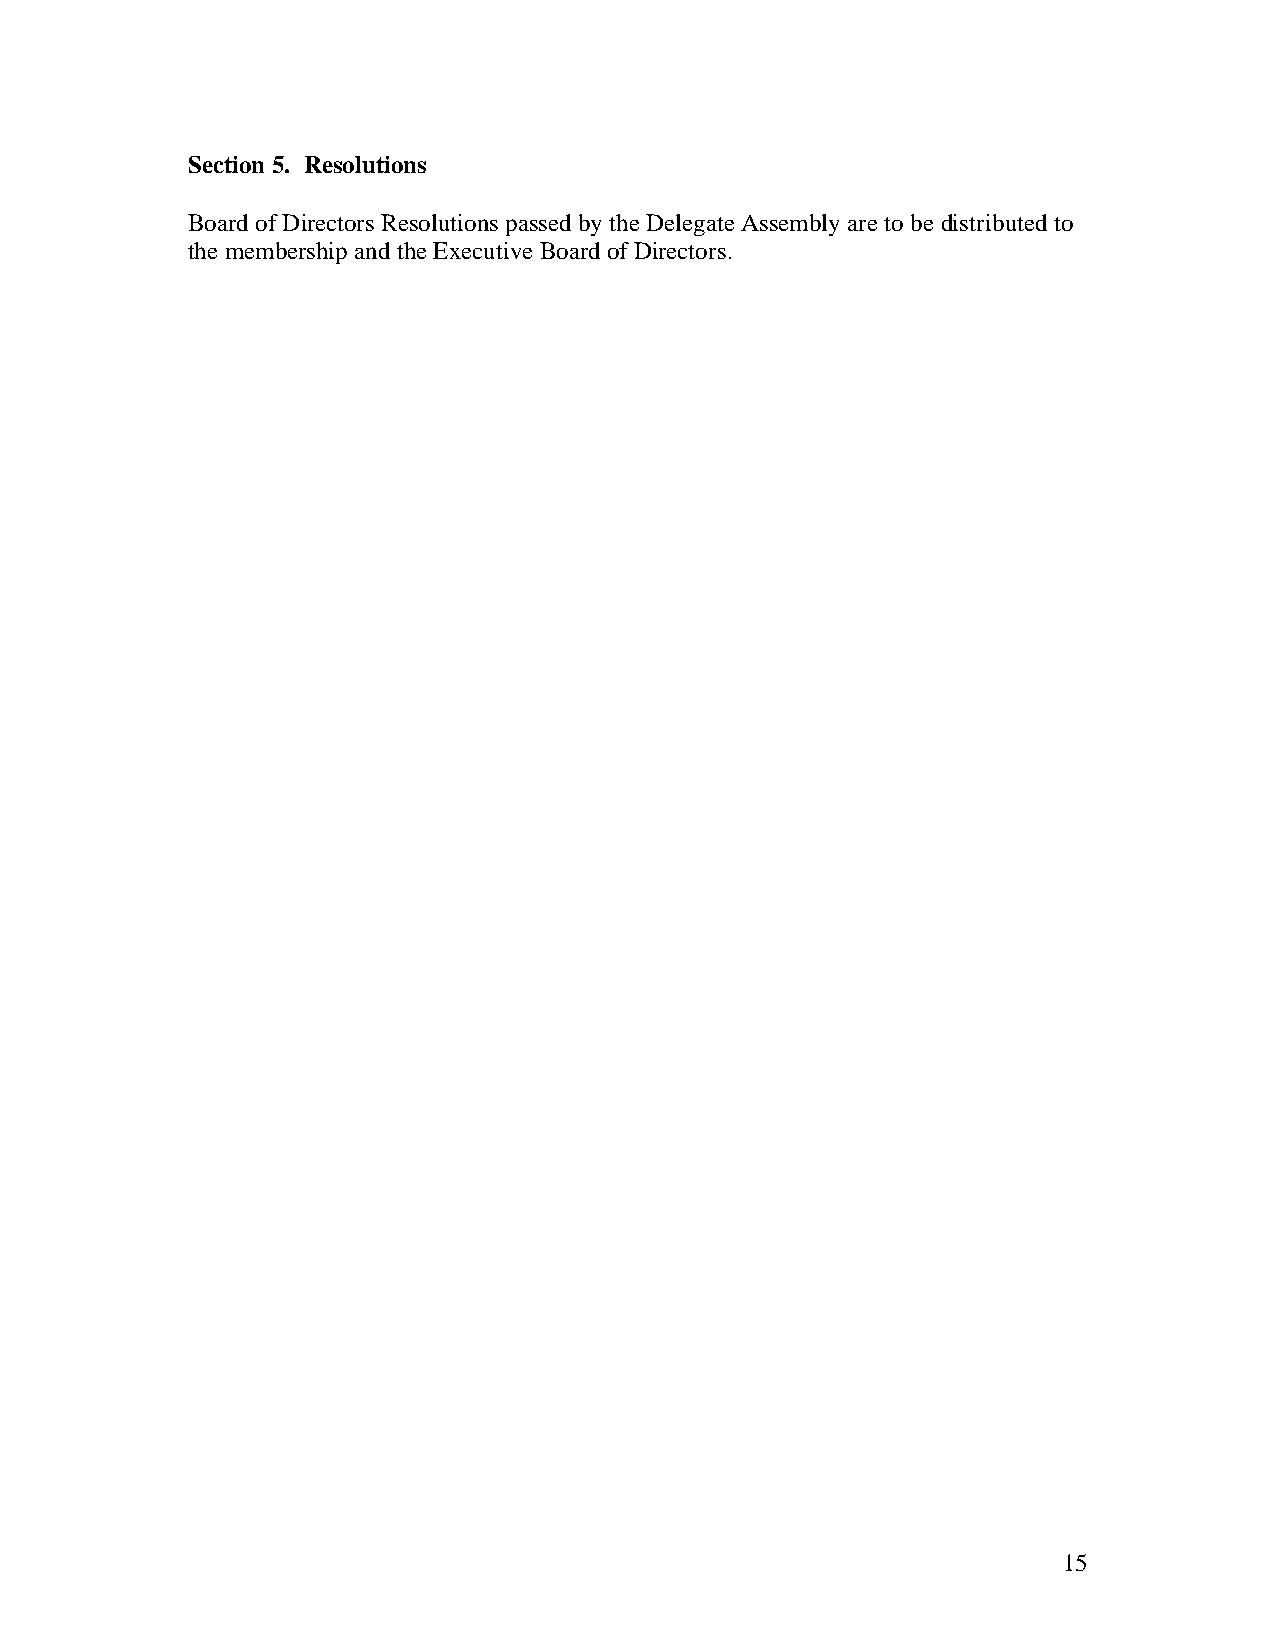
Section 5. Resolutions
 Board of Directors Resolutions passed by the Delegate Assembly are to be distributed to
 the membership and the Executive Board of Directors.
 15